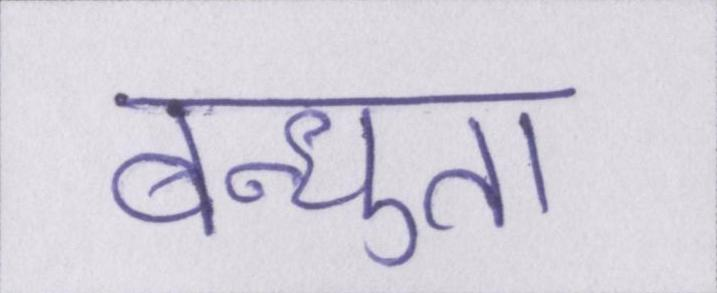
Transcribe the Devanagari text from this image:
बन्धुता